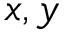
x , y